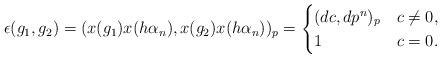
LaTeX: \begin{align*} \epsilon(g_1,g_2) = (x(g_1)x(h\alpha_n),x(g_2)x(h\alpha_n))_p = \begin{cases} (dc, dp^n)_p & c \neq 0, \\ 1 & c = 0. \end{cases} \end{align*}